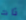
ذات